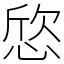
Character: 𢜛